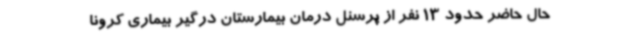
حال حاضر حدود 13 نفر از پرسنل درمان بیمارستان درگیر بیماری کرونا